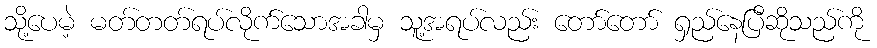
သို့ပေမဲ့ မတ်တတ်ရပ်လိုက်သောအခါမှ သူ့အရပ်လည်း တော်တော် ရှည်နေပြီဆိုသည်ကို